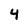
Character: 4